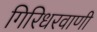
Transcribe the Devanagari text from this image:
गिरिधरवाणी